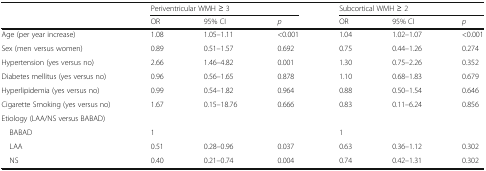
|  | <COLSPAN=3> Periventricular WMH ≥ 3 | <COLSPAN=3> Subcortical WMH ≥ 2 |
 |  | OR | 95% CI | p | OR | 95% CI | p |
 | --- | --- | --- | --- | --- | --- | --- |
 | Age (per year increase) | 1.08 | 1.05–1.11 | <0.001 | 1.04 | 1.02–1.07 | <0.001 |
 | Sex (men versus women) | 0.89 | 0.51–1.57 | 0.692 | 0.75 | 0.44–1.26 | 0.274 |
 | Hypertension (yes versus no) | 2.66 | 1.46–4.82 | 0.001 | 1.30 | 0.75–2.26 | 0.352 |
 | Diabetes mellitus (yes versus no) | 0.96 | 0.56–1.65 | 0.878 | 1.10 | 0.68–1.83 | 0.679 |
 | Hyperlipidemia (yes versus no) | 0.99 | 0.54–1.82 | 0.964 | 0.88 | 0.50–1.54 | 0.646 |
 | Cigarette Smoking (yes versus no) | 1.67 | 0.15–18.76 | 0.666 | 0.83 | 0.11–6.24 | 0.856 |
 | <COLSPAN=7> Etiology (LAA/NS versus BABAD) |
 | BABAD | 1 |  |  | 1 |  |  |
 | LAA | 0.51 | 0.28–0.96 | 0.037 | 0.63 | 0.36–1.12 | 0.302 |
 | NS | 0.40 | 0.21–0.74 | 0.004 | 0.74 | 0.42–1.31 | 0.302 |